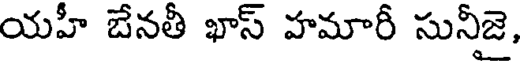
యహీ బేనతీ ఖాస్ హమారీ సునీజై,